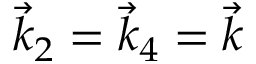
\vec { k } _ { 2 } = \vec { k } _ { 4 } = \vec { k }